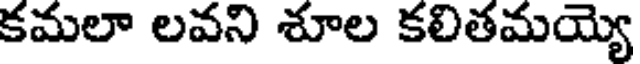
కమలా లవని శూల కలితమయ్యె